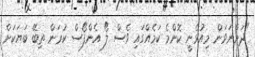
"ދަންނަވަން މިއުޅެނީ ކޮންމެ ކަމެއްގައި ވެސް ލޯ އެންފޯސް ކުރަން ތިބޭ ބަޔަކަށް